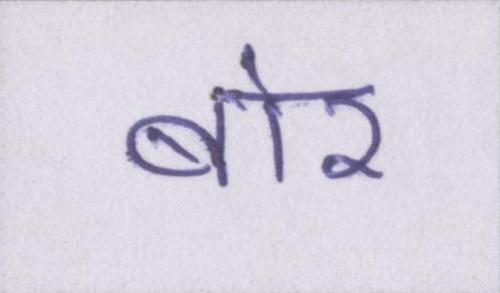
बोर